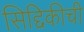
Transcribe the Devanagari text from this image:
सिद्दिकीची